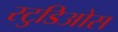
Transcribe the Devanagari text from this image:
स्टुडिओस